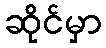
ဆိုင်မှာ